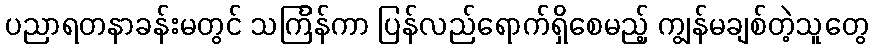
ပညာရတနာခန်းမတွင် သင်္ကြန်ကာ ပြန်လည်ရောက်ရှိစေမည့် ကျွန်မချစ်တဲ့သူတွေ